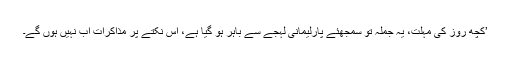
’کچھ روز کی مہلت، یہ جملہ تو سمجھئے پارلیمانی لہجے سے باہر ہو گیا ہے، اس نکتے پر مذاکرات اب نہیں ہوں گے۔